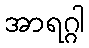
အာရဂ္ဂါ